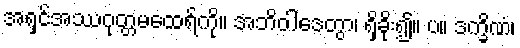
အရှင်အဿဂုတ္တမထေရ်ကို။ အဘိဝါဒေတွာ၊ ရှိခိုး၍။ ပ။ ဒက္ခိဏံ၊